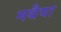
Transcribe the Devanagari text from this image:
मथैया